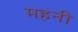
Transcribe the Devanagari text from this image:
महनी